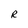
Character: R